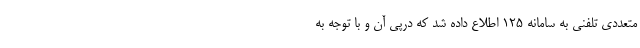
متعددی تلفنی به سامانه ۱۲۵ اطلاع داده شد که درپی آن و با توجه به